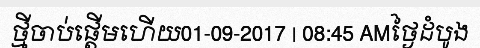
ថ្មីចាប់ផ្តើមហើយ01-09-2017 | 08:45 AMថ្ងៃដំបូង